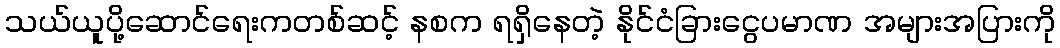
သယ်ယူပို့ဆောင်ရေးကတစ်ဆင့် နစက ရရှိနေတဲ့ နိုင်ငံခြားငွေပမာဏ အများအပြားကို